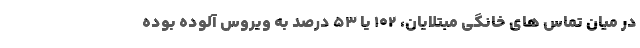
در میان تماس های خانگی مبتلایان، ۱۰۲ یا ۵۳ درصد به ویروس آلوده بوده